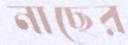
নাছের